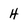
Character: H